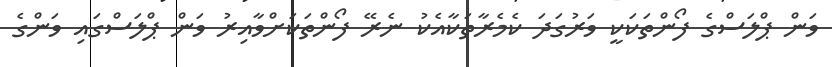
ވަން ޕްލަސްގެ ފޯންތަކަކީ ވަރުގަދަ ކެމެރާތަކާއެކު ނެރޭ ފޯންތަކަށްވާއިރު ވަން ޕްލަސްގައި ވަންގެ